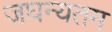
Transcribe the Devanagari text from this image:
जघन्यतम